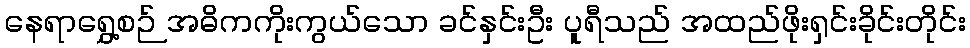
နေရာရွှေ့စဉ် အဓိကကိုးကွယ်သော ခင်နှင်းဦး ပူရီသည် အထည်ဖိုးရှင်းခိုင်းတိုင်း